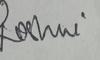
Signature authenticity: genuine